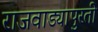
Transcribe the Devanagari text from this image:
राजवाड्यापुरती